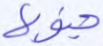
جنوبها